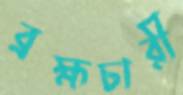
ব্রহ্মচারী